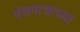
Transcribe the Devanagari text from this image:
पंचपात्राच्या